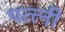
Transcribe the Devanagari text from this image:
पत्त्नी